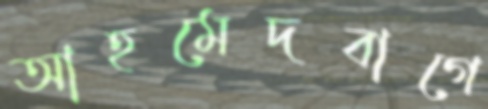
আহমেদবাগে